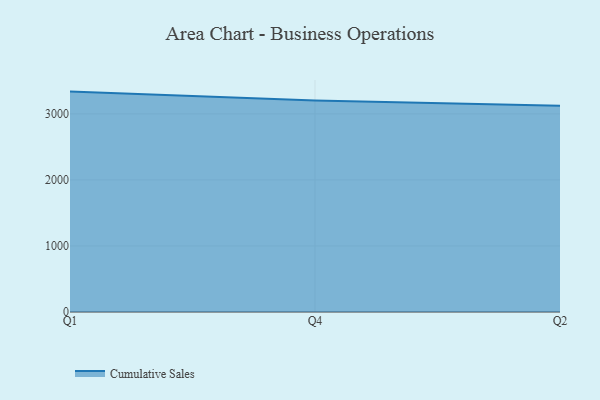
{"axis": {"x": "Quarter", "y": "Market Share (%)"}, "legend": ["Cumulative Sales"], "data": [{"x": "Q1", "y": 3337.0, "type": "Cumulative Sales"}, {"x": "Q4", "y": 3203.4, "type": "Cumulative Sales"}, {"x": "Q2", "y": 3124.6, "type": "Cumulative Sales"}]}